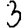
Digit: 3